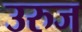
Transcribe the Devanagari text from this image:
उरुज